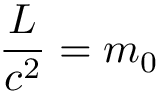
\frac { L } { c ^ { 2 } } = m _ { 0 }